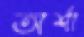
অর্শা